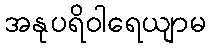
အနုပရိဝါရေယျာမ